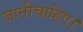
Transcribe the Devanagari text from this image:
जानीचाहिए।